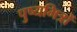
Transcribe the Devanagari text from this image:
पुष्यमित्रों